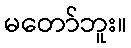
မတော်ဘူး။